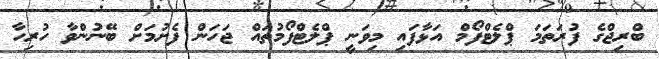
ބްރިޖްގެ ފުރަތަމަ ޕްލެޓްފޯމް އަޅާފައި މިވަނީ ޕްލެޓްފޯމުތައް ޖަހަން ފެށުމަށް ބޭނުންވާ ހުރިހާ